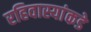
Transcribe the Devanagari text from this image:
रहिवास्यांकडे